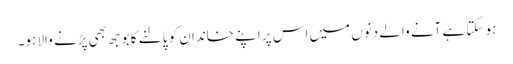
ہو سکتا ہے آنے والے دنوں میں اس پر اپنے خاندان کو پالنے کا بوجھ بھی پڑنے والا ہو۔